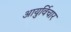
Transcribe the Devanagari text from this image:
आयुर्विचार